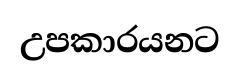
උපකාරයනට